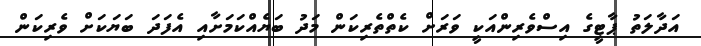
އަދާލަތު ޕާޓީގެ އިސްވެރިންއަކީ ވަރަށް ކެތްތެރިކަން މަދު ބަޔެއްކަމަށާއި އެފަދަ ބަޔަކަށް ވެރިކަން